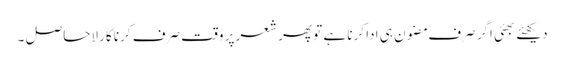
دیکھئے بھئی اگر صرف مضون ہی ادا کرنا ہے تو پھر شعر پر وقت صرف کرنا کارِ لاحاصل ۔